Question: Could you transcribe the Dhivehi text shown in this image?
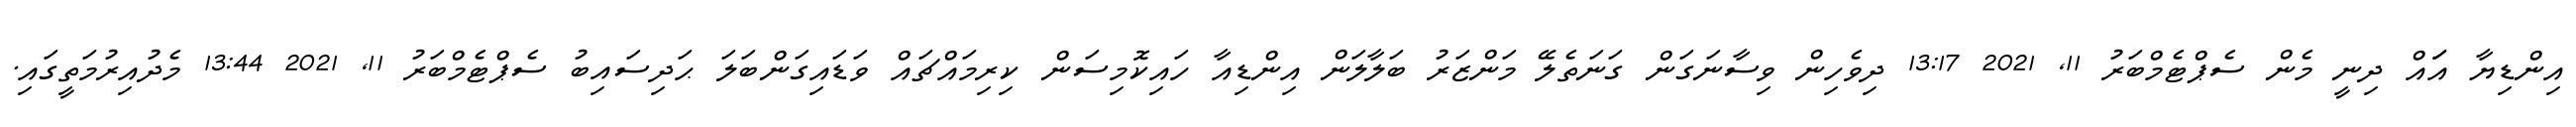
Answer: އިންޑިޔާ އަައް ދިނީ މެން ސެޕްޓެމްބަރު 11, 2021 13:17 ދިވެހިން ވިސާނަގަން ގަނަތެލޭ މަންޒަރު ބަލާލަން އިންޑިއާ ހައިކޮމިސަން ކިރިމައްޗައް ވަޑައިގަންބަލަ ޙަދިސައިބު ސެޕްޓެމްބަރު 11, 2021 13:44 މެދުއިރުމަތީގައި.